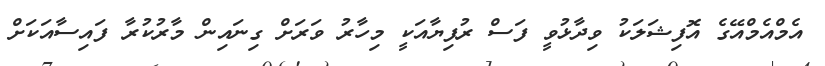
އެމްއެމްއޭގެ އޮފިޝަލަކު ވިދާޅުވީ ފަސް ރުފިޔާއަކީ މިހާރު ވަރަށް ގިނައިން މާރުކުރާ ފައިސާއަކަށް